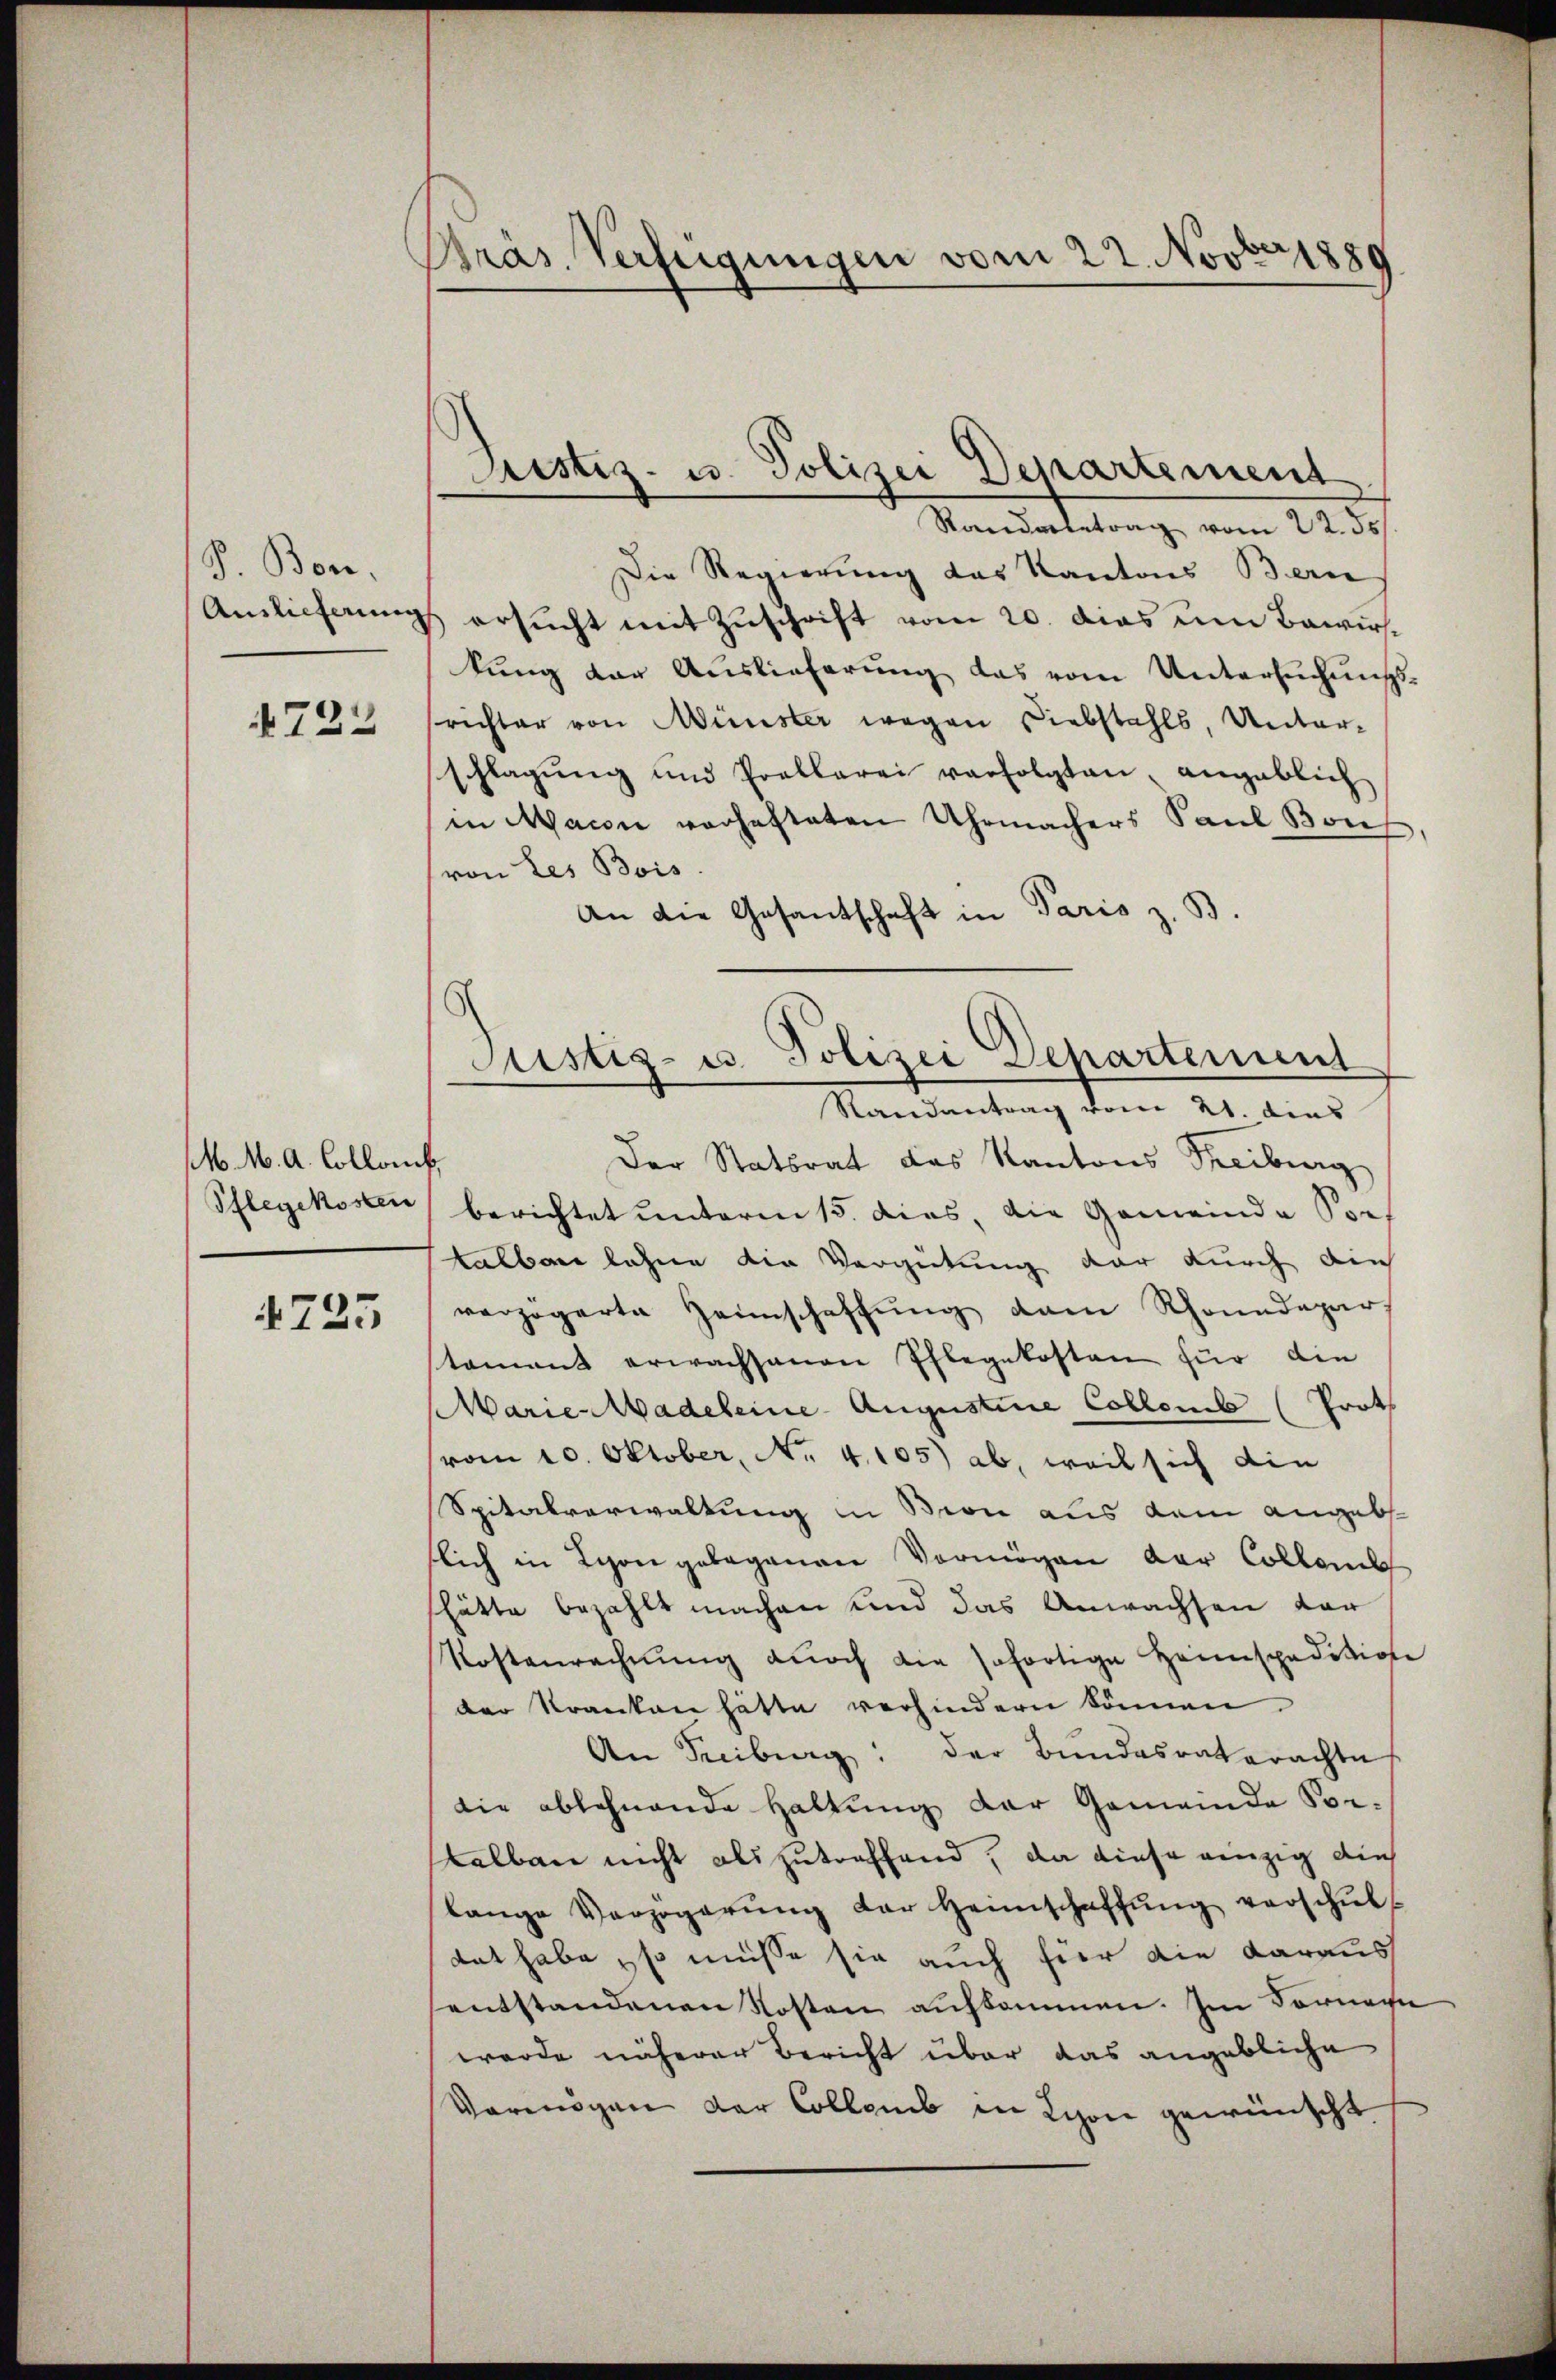
P. Bonn.
Auslieferung
N 222

M. M. A. Collanck,
Pflegekosten

4735

Präs. Verfügungen vom 22. Novber 1889

Rustiz- u. Polizei Departement
Randerbetrag vom 22. ds

Die Regierung des Kantons Bern
ersucht mit Zuschrift vom 20. dies um Bewir
kung der Auslieferung das vom Untersuchungsrichter von Münster wegen Diebstahls, Unter-
schlagung und Prellerei verfolgten, angeblich
in Macon verhafteten Uhrmachers Paul Bons,
(von Les Bois.
An die Gesandschaft in Paris z. B.
Der Statsrat das Kantons Treiburg
berichtet unterm 15. dies, die Gemeinde Por
talbar lehne die Vergütung dar durch ain
verzögerte Zeinschaffung dam Rhonndepar
tament erwachsanen Pflegekosten für die
Marie Madeleine Augustine Collemb (Prot
vom 10. Oktober, No. 4.105) ab, weil sich die
Spitalverwaltung in Bern aus dem angeb
flich in Lyon gebogenen Vermögen der Collenb
shätte bezahlt machen und das Anwachsen dar
Kostenrechnŭng dŭrch die sofortige Hannspedition
der Kranken hätte verhindern können.
An Freiburg: der Bundesraterachte
die ablehnende Haltung der Gemeinde Vor-
sselben nicht als zutreffend, da diese einzig dies
lange Verzögerŭng der Heimschaffŭng verschŭls
tat habe, so müsse sie auch hier die daraus
entstandenen Kosten aufkommen. Im Vornac
wurde näherer Bericht über das angebliche
Vermögen der Collem in Lyon gewünscht

Justiz- u. Polizei Departement
Randantrag vom 21. dies